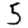
Digit: 5